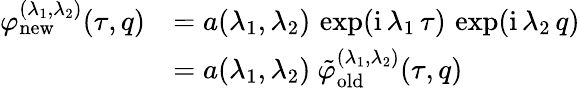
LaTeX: \begin{array}{rl}{\varphi_{\mathrm{new}}^{(\lambda_{1},\lambda_{2})}(\tau,q)}&{=a(\lambda_{1},\lambda_{2})\, \exp(\mathrm{i}\, \lambda_{1}\, \tau)\, \exp(\mathrm{i}\, \lambda_{2}\, q)}\\ &{=a(\lambda_{1},\lambda_{2})\ \tilde{\varphi}_{\mathrm{old}}^{(\lambda_{1},\lambda_{2})}(\tau,q)}\end{array}